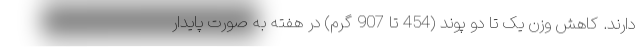
دارند. کاهش وزن یک تا دو پوند (454 تا 907 گرم) در هفته به صورت پایدار